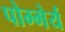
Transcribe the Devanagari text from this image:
पोम्मेर्य